Annual report of the Punjab Veterinary College and of the Civil Veterinary Department, Punjab - 1920-1925
Year: 1920
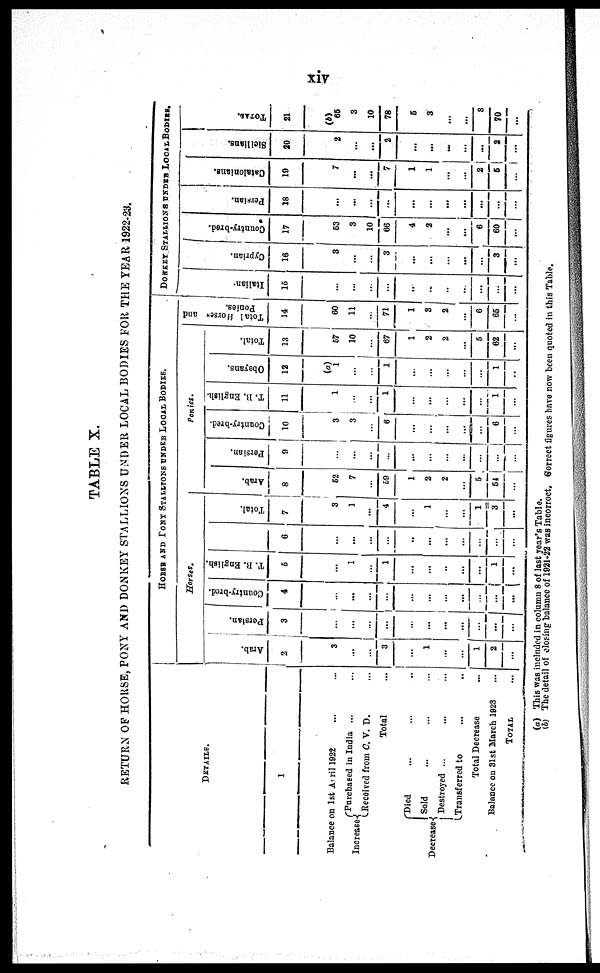
xiv
TABLE X.
RETURN OF HORSE, PONY AND DONKEY STALLIONS UNDER LOCAL BODIES FOR THE YEAR 1922-23.
DETAILS.
1
Balance on 1st April 1922 ... ... ...
Increase{
Purchase in India ...
Received from C. V. D.
Total ...
Decrease{
Died ... ...
sold
Destroyed ...
Transferred to ... ... ...
Total Decrease
Balance on 31st March 1928
TOTAL ...
HORSE AND PONY STALLIONS UNDER LOCAL BODIES.
Horses.
Arab.
2
3
...
...
3
...
1
...
...
1
2
...
Persian.
3
...
...
...
...
...
...
...
...
...
...
...
Country-bred.
4
...
...
...
...
...
...
...
...
...
...
...
T. B. English.
6
...
1
...
1
...
...
...
...
...
1
...
6
...
...
...
...
...
...
...
...
...
...
...
Total.
7
3
1
...
4
...
1
...
...
1
3
...
Ponies.
Arab.
8
52
7
...
59
1
2
2
...
5
54
...
Persian.
9
...
...
...
...
...
...
...
...
...
...
...
Country-bred.
10
3
3
...
6
...
...
...
...
...
6
...
T. B. English.
11
1
...
...
1
...
...
...
...
...
1
...
Obeyans.
13
(a)
1
...
...
1
...
...
...
...
...
1
...
Total.
13
57
10
...
67
1
2
2
...
5
62
...
Total Horses and
Ponies.
14
60
11
...
71
1
3
2
...
6
65
...
DONKEY STALLIONS UNDER LOCAL BODIES.
I t al i an
15
...
...
...
...
...
..
...
...
...
...
...
Cypr i
an.
16
3
...
...
3
...
...
...
...
3
...
Count r
y- br e d.
17
53
8
10
66
4
2
...
...
6
60
...
Per si an.
18
...
...
...
...
...
...
...
...
...
...
...
Cat al oni ans .
19
7
...
...
7
1
1
...
...
2
5
...
Sl ei l i ans.
20
2
...
...
2
...
...
...
...
...
2
...
TOTAL.
21
65
3
10
78
5
3
...
...
8
70
...
(a) This was included in column 8 of last year's Table.
(b) The detail of closing balance of 1921-22 was incorrect, Correct figures have now been quoted in this Table.